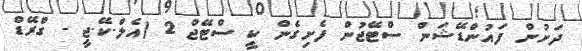
ދަށުން ފައުންޑޭޝަން ސްޓޭޖުން ފެށިގެން ކީ ސްޓޭޖް 2 (އެލް.ކޭ.ޖީ - ގްރޭޑް